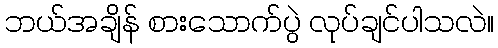
ဘယ်အချိန် စားသောက်ပွဲ လုပ်ချင်ပါသလဲ။